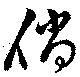
倘